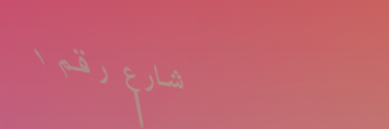
شارع رقم ١